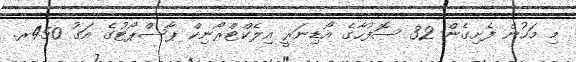
މި މަހުން ފެށިގެން 32 ސޮފުހާގެ އޯޑިނަރީ އިލެކްޓްރޯނިކް ޕާސްޕޯޓުގެ އަގު 450ރ.